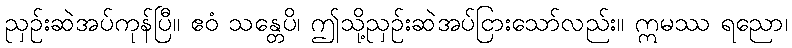
ညှဉ်းဆဲအပ်ကုန်ပြီ။ ဧဝံ သန္တေပိ၊ ဤသို့ညှဉ်းဆဲအပ်ငြားသော်လည်း။ ဣမဿ ရညော၊